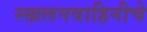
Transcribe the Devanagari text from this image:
स्खलनवाहिनीचे